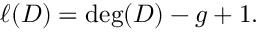
\ell ( D ) = \deg ( D ) - g + 1 .